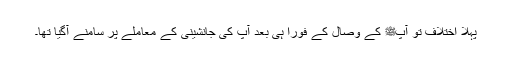
پہلا اختلاف تو آپﷺ کے وصال کے فوراً ہی بعد آپ کی جانشینی کے معاملے پر سامنے آگیا تھا۔